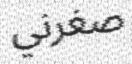
صغرني